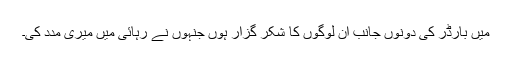
میں بارڈر کی دونوں جانب ان لوگوں کا شکر گزار ہوں جنہوں نے رہائی میں میری مدد کی۔